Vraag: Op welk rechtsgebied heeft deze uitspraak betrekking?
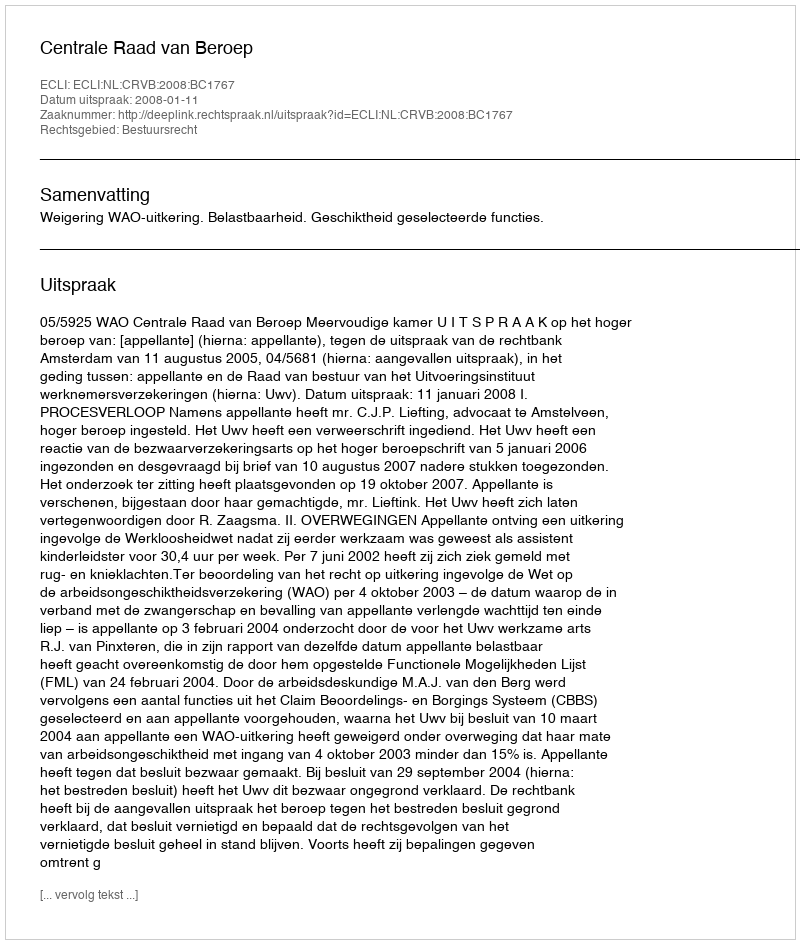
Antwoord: Bestuursrecht